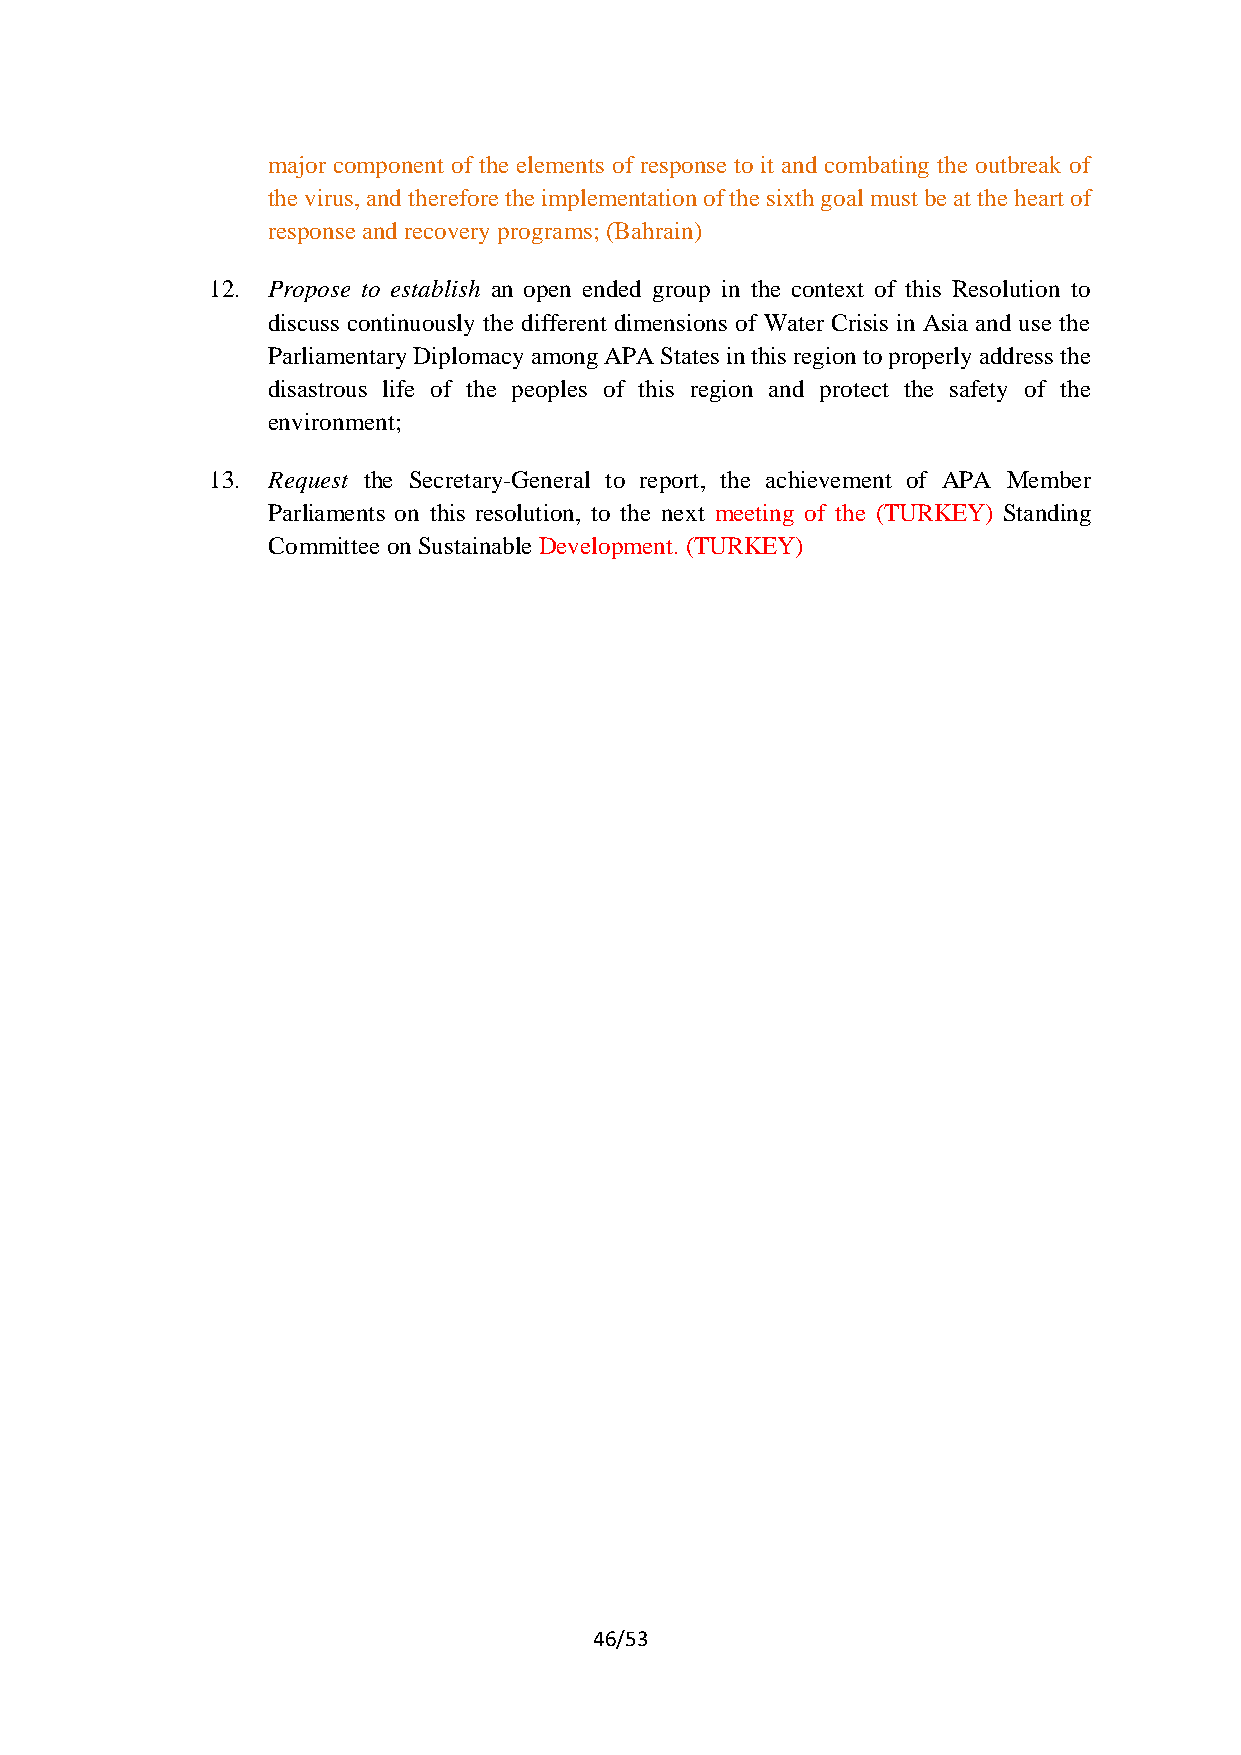
major component of the elements of response to it and combating the outbreak of
 the virus, and therefore the implementation of the sixth goal must be at the heart of
 response and recovery programs; (Bahrain)
 12. Propose to establish an open ended group in the context of this Resolution to
 discuss continuously the different dimensions of Water Crisis in Asia and use the
 Parliamentary Diplomacy among APA States in this region to properly address the
 disastrous life of the peoples of this region and protect the safety of the
 environment;
 13. Request the Secretary-General to report, the achievement of APA Member
 Parliaments on this resolution, to the next meeting of the (TURKEY) Standing
 Committee on Sustainable Development. (TURKEY)
 46/53